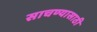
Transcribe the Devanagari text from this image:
साचण्यासाठी